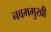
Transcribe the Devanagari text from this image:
नवममुखी